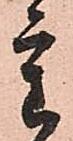
重